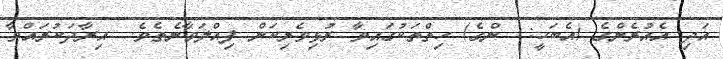
އަދި އެއުރެންގެ (އެބަހީ:  ންގެ) ހިތްތަކުގައިވާ ރުޅިވެރިކަން ފިއްލަވާނެތެވެ.  އިރާދަކުރައްވާ